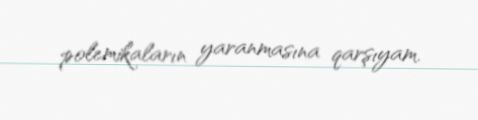
polemikaların yaranmasına qarşıyam.